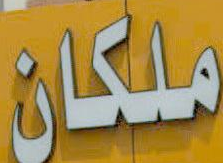
ملكان